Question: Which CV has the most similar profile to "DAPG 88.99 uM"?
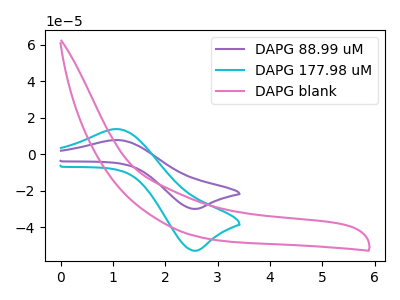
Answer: <think>The purple curve "DAPG 88.99 uM" has an anodic peak at (1.10V, 7.85uA) and a cathodic peak at (2.55V, -29.95uA). The cyan curve "DAPG 177.98 uM" has an anodic peak at (1.10V, 13.90uA) and a cathodic peak at (2.55V, -52.90uA). The pink curve "DAPG blank" has no peaks.
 All the peaks in "DAPG 88.99 uM" have a peak in "DAPG 177.98 uM" at the same potential. Every peak in "DAPG 88.99 uM" is lower than every peak in "DAPG 177.98 uM". "DAPG 88.99 uM" and "DAPG blank" have a different number of peaks. "DAPG 177.98 uM" and "DAPG blank" have a different number of peaks.</think>
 <answer>The CV with the most similar shape to "DAPG 177.98 uM" is "DAPG 88.99 uM".</answer>
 <eval>"DAPG 88.99 uM"</eval>